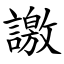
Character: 譤